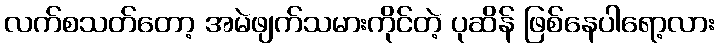
လက်စသတ်တော့ အမဲဖျက်သမားကိုင်တဲ့ ပုဆိန် ဖြစ်နေပါရော့လား